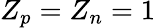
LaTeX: Z_{p}=Z_{n}=1